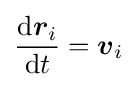
{\frac {\mathrm {d} {\boldsymbol {r}}_{i}}{\mathrm {d} t}}={\boldsymbol {v}}_{i}